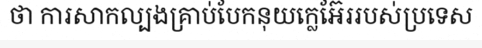
ថា ការសាកល្បងគ្រាប់បែកនុយក្លេអ៊ែររបស់ប្រទេស